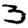
Digit: 3